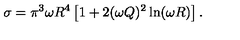
\sigma = \pi ^ { 3 } \omega R ^ { 4 } \left[ 1 + 2 ( \omega Q ) ^ { 2 } \ln ( \omega R ) \right] .